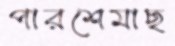
পারশেমাছ